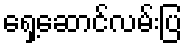
ရှေ့ဆောင်လမ်းပြ